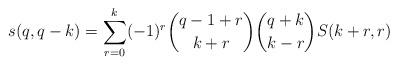
LaTeX: \begin{align*}s(q,q-k) = \sum_{r=0}^k (-1)^r \binom{q-1+r}{k+r} \binom{q+k}{k-r} S(k+r,r) \end{align*}